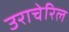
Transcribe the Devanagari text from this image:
उराचेरिल